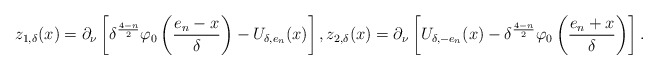
\begin{align*}z_{1,\delta}(x)= \partial_\nu\left[\delta^\frac{4-n}{2} \varphi_0\left(\frac{e_n-x}{\delta}\right)- U_{\delta,e_n}(x)\right],z_{2,\delta}(x)= \partial_\nu \left[ U_{\delta,-e_n}(x) -\delta^\frac{4-n}{2}\varphi_0\left(\frac{e_n+x}{\delta}\right)\right].\end{align*}